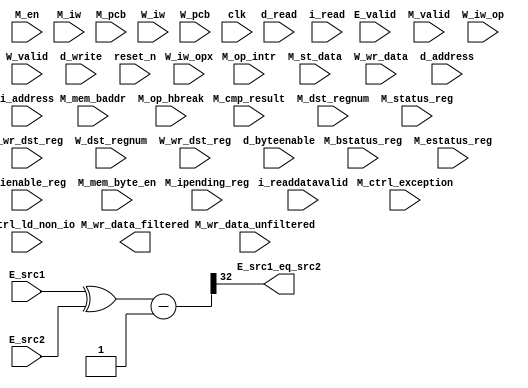
//Legal Notice: (C)2009 Altera Corporation. All rights reserved.  Your
//use of Altera Corporation's design tools, logic functions and other
//software and tools, and its AMPP partner logic functions, and any
//output files any of the foregoing (including device programming or
//simulation files), and any associated documentation or information are
//expressly subject to the terms and conditions of the Altera Program
//License Subscription Agreement or other applicable license agreement,
//including, without limitation, that your use is for the sole purpose
//of programming logic devices manufactured by Altera and sold by Altera
//or its authorized distributors.  Please refer to the applicable
//agreement for further details.


// turn off superfluous verilog processor warnings 
// altera message_level Level1 
// altera message_off 10034 10035 10036 10037 10230 10240 10030 

module cpu_test_bench (
                        // inputs:
                         E_src1,
                         E_src2,
                         E_valid,
                         M_bstatus_reg,
                         M_cmp_result,
                         M_ctrl_exception,
                         M_ctrl_ld_non_io,
                         M_dst_regnum,
                         M_en,
                         M_estatus_reg,
                         M_ienable_reg,
                         M_ipending_reg,
                         M_iw,
                         M_mem_baddr,
                         M_mem_byte_en,
                         M_op_hbreak,
                         M_op_intr,
                         M_pcb,
                         M_st_data,
                         M_status_reg,
                         M_valid,
                         M_wr_data_unfiltered,
                         M_wr_dst_reg,
                         W_dst_regnum,
                         W_iw,
                         W_iw_op,
                         W_iw_opx,
                         W_pcb,
                         W_valid,
                         W_wr_data,
                         W_wr_dst_reg,
                         clk,
                         d_address,
                         d_byteenable,
                         d_read,
                         d_write,
                         i_address,
                         i_read,
                         i_readdatavalid,
                         reset_n,

                        // outputs:
                         E_src1_eq_src2,
                         M_wr_data_filtered
                      )
;

  output           E_src1_eq_src2;
  output  [ 31: 0] M_wr_data_filtered;
  input   [ 31: 0] E_src1;
  input   [ 31: 0] E_src2;
  input            E_valid;
  input            M_bstatus_reg;
  input            M_cmp_result;
  input            M_ctrl_exception;
  input            M_ctrl_ld_non_io;
  input   [  4: 0] M_dst_regnum;
  input            M_en;
  input            M_estatus_reg;
  input   [ 31: 0] M_ienable_reg;
  input   [ 31: 0] M_ipending_reg;
  input   [ 31: 0] M_iw;
  input   [ 14: 0] M_mem_baddr;
  input   [  3: 0] M_mem_byte_en;
  input            M_op_hbreak;
  input            M_op_intr;
  input   [ 14: 0] M_pcb;
  input   [ 31: 0] M_st_data;
  input            M_status_reg;
  input            M_valid;
  input   [ 31: 0] M_wr_data_unfiltered;
  input            M_wr_dst_reg;
  input   [  4: 0] W_dst_regnum;
  input   [ 31: 0] W_iw;
  input   [  5: 0] W_iw_op;
  input   [  5: 0] W_iw_opx;
  input   [ 14: 0] W_pcb;
  input            W_valid;
  input   [ 31: 0] W_wr_data;
  input            W_wr_dst_reg;
  input            clk;
  input   [ 14: 0] d_address;
  input   [  3: 0] d_byteenable;
  input            d_read;
  input            d_write;
  input   [ 14: 0] i_address;
  input            i_read;
  input            i_readdatavalid;
  input            reset_n;

  wire             E_src1_eq_src2;
  wire    [ 32: 0] E_src1_src2_fast_cmp;
  reg     [ 14: 0] M_target_pcb;
  wire    [ 31: 0] M_wr_data_filtered;
  wire             M_wr_data_unfiltered_0_is_x;
  wire             M_wr_data_unfiltered_10_is_x;
  wire             M_wr_data_unfiltered_11_is_x;
  wire             M_wr_data_unfiltered_12_is_x;
  wire             M_wr_data_unfiltered_13_is_x;
  wire             M_wr_data_unfiltered_14_is_x;
  wire             M_wr_data_unfiltered_15_is_x;
  wire             M_wr_data_unfiltered_16_is_x;
  wire             M_wr_data_unfiltered_17_is_x;
  wire             M_wr_data_unfiltered_18_is_x;
  wire             M_wr_data_unfiltered_19_is_x;
  wire             M_wr_data_unfiltered_1_is_x;
  wire             M_wr_data_unfiltered_20_is_x;
  wire             M_wr_data_unfiltered_21_is_x;
  wire             M_wr_data_unfiltered_22_is_x;
  wire             M_wr_data_unfiltered_23_is_x;
  wire             M_wr_data_unfiltered_24_is_x;
  wire             M_wr_data_unfiltered_25_is_x;
  wire             M_wr_data_unfiltered_26_is_x;
  wire             M_wr_data_unfiltered_27_is_x;
  wire             M_wr_data_unfiltered_28_is_x;
  wire             M_wr_data_unfiltered_29_is_x;
  wire             M_wr_data_unfiltered_2_is_x;
  wire             M_wr_data_unfiltered_30_is_x;
  wire             M_wr_data_unfiltered_31_is_x;
  wire             M_wr_data_unfiltered_3_is_x;
  wire             M_wr_data_unfiltered_4_is_x;
  wire             M_wr_data_unfiltered_5_is_x;
  wire             M_wr_data_unfiltered_6_is_x;
  wire             M_wr_data_unfiltered_7_is_x;
  wire             M_wr_data_unfiltered_8_is_x;
  wire             M_wr_data_unfiltered_9_is_x;
  wire    [ 55: 0] W_inst;
  wire             W_op_add;
  wire             W_op_addi;
  wire             W_op_and;
  wire             W_op_andhi;
  wire             W_op_andi;
  wire             W_op_beq;
  wire             W_op_bge;
  wire             W_op_bgeu;
  wire             W_op_blt;
  wire             W_op_bltu;
  wire             W_op_bne;
  wire             W_op_br;
  wire             W_op_break;
  wire             W_op_bret;
  wire             W_op_call;
  wire             W_op_callr;
  wire             W_op_cmpeq;
  wire             W_op_cmpeqi;
  wire             W_op_cmpge;
  wire             W_op_cmpgei;
  wire             W_op_cmpgeu;
  wire             W_op_cmpgeui;
  wire             W_op_cmplt;
  wire             W_op_cmplti;
  wire             W_op_cmpltu;
  wire             W_op_cmpltui;
  wire             W_op_cmpne;
  wire             W_op_cmpnei;
  wire             W_op_crst;
  wire             W_op_custom;
  wire             W_op_div;
  wire             W_op_divu;
  wire             W_op_eret;
  wire             W_op_flushd;
  wire             W_op_flushda;
  wire             W_op_flushi;
  wire             W_op_flushp;
  wire             W_op_hbreak;
  wire             W_op_initd;
  wire             W_op_initda;
  wire             W_op_initi;
  wire             W_op_intr;
  wire             W_op_jmp;
  wire             W_op_jmpi;
  wire             W_op_ldb;
  wire             W_op_ldbio;
  wire             W_op_ldbu;
  wire             W_op_ldbuio;
  wire             W_op_ldh;
  wire             W_op_ldhio;
  wire             W_op_ldhu;
  wire             W_op_ldhuio;
  wire             W_op_ldl;
  wire             W_op_ldw;
  wire             W_op_ldwio;
  wire             W_op_mul;
  wire             W_op_muli;
  wire             W_op_mulxss;
  wire             W_op_mulxsu;
  wire             W_op_mulxuu;
  wire             W_op_nextpc;
  wire             W_op_nor;
  wire             W_op_opx;
  wire             W_op_or;
  wire             W_op_orhi;
  wire             W_op_ori;
  wire             W_op_rdctl;
  wire             W_op_ret;
  wire             W_op_rol;
  wire             W_op_roli;
  wire             W_op_ror;
  wire             W_op_rsv02;
  wire             W_op_rsv09;
  wire             W_op_rsv10;
  wire             W_op_rsv17;
  wire             W_op_rsv18;
  wire             W_op_rsv25;
  wire             W_op_rsv26;
  wire             W_op_rsv33;
  wire             W_op_rsv34;
  wire             W_op_rsv41;
  wire             W_op_rsv42;
  wire             W_op_rsv49;
  wire             W_op_rsv56;
  wire             W_op_rsv57;
  wire             W_op_rsv61;
  wire             W_op_rsv62;
  wire             W_op_rsv63;
  wire             W_op_rsvx00;
  wire             W_op_rsvx10;
  wire             W_op_rsvx15;
  wire             W_op_rsvx17;
  wire             W_op_rsvx20;
  wire             W_op_rsvx21;
  wire             W_op_rsvx25;
  wire             W_op_rsvx33;
  wire             W_op_rsvx34;
  wire             W_op_rsvx35;
  wire             W_op_rsvx42;
  wire             W_op_rsvx43;
  wire             W_op_rsvx44;
  wire             W_op_rsvx47;
  wire             W_op_rsvx50;
  wire             W_op_rsvx51;
  wire             W_op_rsvx55;
  wire             W_op_rsvx56;
  wire             W_op_rsvx60;
  wire             W_op_rsvx63;
  wire             W_op_sll;
  wire             W_op_slli;
  wire             W_op_sra;
  wire             W_op_srai;
  wire             W_op_srl;
  wire             W_op_srli;
  wire             W_op_stb;
  wire             W_op_stbio;
  wire             W_op_stc;
  wire             W_op_sth;
  wire             W_op_sthio;
  wire             W_op_stw;
  wire             W_op_stwio;
  wire             W_op_sub;
  wire             W_op_sync;
  wire             W_op_trap;
  wire             W_op_wrctl;
  wire             W_op_xor;
  wire             W_op_xorhi;
  wire             W_op_xori;
  wire    [ 55: 0] W_vinst;
  always @(posedge clk or negedge reset_n)
    begin
      if (reset_n == 0)
          M_target_pcb <= 0;
      else if (M_en)
          M_target_pcb <= E_src1[14 : 0];
    end


  assign E_src1_src2_fast_cmp = {1'b0, E_src1 ^ E_src2} - 33'b1;
  assign E_src1_eq_src2 = E_src1_src2_fast_cmp[32];
  assign W_op_rsv02 = W_iw_op[5 : 0] == 2;
  assign W_op_cmplti = W_iw_op[5 : 0] == 16;
  assign W_op_rsv18 = W_iw_op[5 : 0] == 18;
  assign W_op_rsv26 = W_iw_op[5 : 0] == 26;
  assign W_op_rsv42 = W_iw_op[5 : 0] == 42;
  assign W_op_ldbio = W_iw_op[5 : 0] == 39;
  assign W_op_ldbu = W_iw_op[5 : 0] == 3;
  assign W_op_orhi = W_iw_op[5 : 0] == 52;
  assign W_op_bge = W_iw_op[5 : 0] == 14;
  assign W_op_stc = W_iw_op[5 : 0] == 29;
  assign W_op_br = W_iw_op[5 : 0] == 6;
  assign W_op_ldhio = W_iw_op[5 : 0] == 47;
  assign W_op_rsv41 = W_iw_op[5 : 0] == 41;
  assign W_op_ldwio = W_iw_op[5 : 0] == 55;
  assign W_op_rsv61 = W_iw_op[5 : 0] == 61;
  assign W_op_opx = W_iw_op[5 : 0] == 58;
  assign W_op_stb = W_iw_op[5 : 0] == 5;
  assign W_op_rsv62 = W_iw_op[5 : 0] == 62;
  assign W_op_bltu = W_iw_op[5 : 0] == 54;
  assign W_op_custom = W_iw_op[5 : 0] == 50;
  assign W_op_muli = W_iw_op[5 : 0] == 36;
  assign W_op_xori = W_iw_op[5 : 0] == 28;
  assign W_op_cmpgei = W_iw_op[5 : 0] == 8;
  assign W_op_ldw = W_iw_op[5 : 0] == 23;
  assign W_op_cmpeqi = W_iw_op[5 : 0] == 32;
  assign W_op_ldh = W_iw_op[5 : 0] == 15;
  assign W_op_stw = W_iw_op[5 : 0] == 21;
  assign W_op_rsv09 = W_iw_op[5 : 0] == 9;
  assign W_op_cmpnei = W_iw_op[5 : 0] == 24;
  assign W_op_ldb = W_iw_op[5 : 0] == 7;
  assign W_op_bgeu = W_iw_op[5 : 0] == 46;
  assign W_op_stwio = W_iw_op[5 : 0] == 53;
  assign W_op_rsv33 = W_iw_op[5 : 0] == 33;
  assign W_op_ldl = W_iw_op[5 : 0] == 31;
  assign W_op_andhi = W_iw_op[5 : 0] == 44;
  assign W_op_ldbuio = W_iw_op[5 : 0] == 35;
  assign W_op_rsv34 = W_iw_op[5 : 0] == 34;
  assign W_op_sthio = W_iw_op[5 : 0] == 45;
  assign W_op_cmpgeui = W_iw_op[5 : 0] == 40;
  assign W_op_stbio = W_iw_op[5 : 0] == 37;
  assign W_op_andi = W_iw_op[5 : 0] == 12;
  assign W_op_addi = W_iw_op[5 : 0] == 4;
  assign W_op_flushda = W_iw_op[5 : 0] == 27;
  assign W_op_rsv49 = W_iw_op[5 : 0] == 49;
  assign W_op_jmpi = W_iw_op[5 : 0] == 1;
  assign W_op_initda = W_iw_op[5 : 0] == 19;
  assign W_op_blt = W_iw_op[5 : 0] == 22;
  assign W_op_beq = W_iw_op[5 : 0] == 38;
  assign W_op_ori = W_iw_op[5 : 0] == 20;
  assign W_op_cmpltui = W_iw_op[5 : 0] == 48;
  assign W_op_xorhi = W_iw_op[5 : 0] == 60;
  assign W_op_rsv56 = W_iw_op[5 : 0] == 56;
  assign W_op_ldhuio = W_iw_op[5 : 0] == 43;
  assign W_op_rsv63 = W_iw_op[5 : 0] == 63;
  assign W_op_bne = W_iw_op[5 : 0] == 30;
  assign W_op_rsv57 = W_iw_op[5 : 0] == 57;
  assign W_op_call = W_iw_op[5 : 0] == 0;
  assign W_op_ldhu = W_iw_op[5 : 0] == 11;
  assign W_op_flushd = W_iw_op[5 : 0] == 59;
  assign W_op_initd = W_iw_op[5 : 0] == 51;
  assign W_op_rsv10 = W_iw_op[5 : 0] == 10;
  assign W_op_rsv17 = W_iw_op[5 : 0] == 17;
  assign W_op_sth = W_iw_op[5 : 0] == 13;
  assign W_op_rsv25 = W_iw_op[5 : 0] == 25;
  assign W_op_flushi = W_op_opx & (W_iw_opx[5 : 0] == 12);
  assign W_op_mulxuu = W_op_opx & (W_iw_opx[5 : 0] == 7);
  assign W_op_rsvx33 = W_op_opx & (W_iw_opx[5 : 0] == 33);
  assign W_op_wrctl = W_op_opx & (W_iw_opx[5 : 0] == 46);
  assign W_op_roli = W_op_opx & (W_iw_opx[5 : 0] == 2);
  assign W_op_intr = W_op_opx & (W_iw_opx[5 : 0] == 61);
  assign W_op_rsvx43 = W_op_opx & (W_iw_opx[5 : 0] == 43);
  assign W_op_srl = W_op_opx & (W_iw_opx[5 : 0] == 27);
  assign W_op_trap = W_op_opx & (W_iw_opx[5 : 0] == 45);
  assign W_op_rsvx17 = W_op_opx & (W_iw_opx[5 : 0] == 17);
  assign W_op_break = W_op_opx & (W_iw_opx[5 : 0] == 52);
  assign W_op_rdctl = W_op_opx & (W_iw_opx[5 : 0] == 38);
  assign W_op_cmpltu = W_op_opx & (W_iw_opx[5 : 0] == 48);
  assign W_op_callr = W_op_opx & (W_iw_opx[5 : 0] == 29);
  assign W_op_cmpge = W_op_opx & (W_iw_opx[5 : 0] == 8);
  assign W_op_rsvx47 = W_op_opx & (W_iw_opx[5 : 0] == 47);
  assign W_op_and = W_op_opx & (W_iw_opx[5 : 0] == 14);
  assign W_op_rsvx00 = W_op_opx & (W_iw_opx[5 : 0] == 0);
  assign W_op_rsvx56 = W_op_opx & (W_iw_opx[5 : 0] == 56);
  assign W_op_hbreak = W_op_opx & (W_iw_opx[5 : 0] == 53);
  assign W_op_flushp = W_op_opx & (W_iw_opx[5 : 0] == 4);
  assign W_op_nor = W_op_opx & (W_iw_opx[5 : 0] == 6);
  assign W_op_rsvx50 = W_op_opx & (W_iw_opx[5 : 0] == 50);
  assign W_op_initi = W_op_opx & (W_iw_opx[5 : 0] == 41);
  assign W_op_srai = W_op_opx & (W_iw_opx[5 : 0] == 58);
  assign W_op_sync = W_op_opx & (W_iw_opx[5 : 0] == 54);
  assign W_op_rsvx15 = W_op_opx & (W_iw_opx[5 : 0] == 15);
  assign W_op_rsvx55 = W_op_opx & (W_iw_opx[5 : 0] == 55);
  assign W_op_crst = W_op_opx & (W_iw_opx[5 : 0] == 62);
  assign W_op_rsvx42 = W_op_opx & (W_iw_opx[5 : 0] == 42);
  assign W_op_xor = W_op_opx & (W_iw_opx[5 : 0] == 30);
  assign W_op_rsvx34 = W_op_opx & (W_iw_opx[5 : 0] == 34);
  assign W_op_mulxss = W_op_opx & (W_iw_opx[5 : 0] == 31);
  assign W_op_rsvx51 = W_op_opx & (W_iw_opx[5 : 0] == 51);
  assign W_op_rsvx10 = W_op_opx & (W_iw_opx[5 : 0] == 10);
  assign W_op_eret = W_op_opx & (W_iw_opx[5 : 0] == 1);
  assign W_op_rsvx25 = W_op_opx & (W_iw_opx[5 : 0] == 25);
  assign W_op_jmp = W_op_opx & (W_iw_opx[5 : 0] == 13);
  assign W_op_or = W_op_opx & (W_iw_opx[5 : 0] == 22);
  assign W_op_rsvx35 = W_op_opx & (W_iw_opx[5 : 0] == 35);
  assign W_op_sra = W_op_opx & (W_iw_opx[5 : 0] == 59);
  assign W_op_rsvx20 = W_op_opx & (W_iw_opx[5 : 0] == 20);
  assign W_op_slli = W_op_opx & (W_iw_opx[5 : 0] == 18);
  assign W_op_mulxsu = W_op_opx & (W_iw_opx[5 : 0] == 23);
  assign W_op_rsvx21 = W_op_opx & (W_iw_opx[5 : 0] == 21);
  assign W_op_ror = W_op_opx & (W_iw_opx[5 : 0] == 11);
  assign W_op_srli = W_op_opx & (W_iw_opx[5 : 0] == 26);
  assign W_op_sll = W_op_opx & (W_iw_opx[5 : 0] == 19);
  assign W_op_div = W_op_opx & (W_iw_opx[5 : 0] == 37);
  assign W_op_cmplt = W_op_opx & (W_iw_opx[5 : 0] == 16);
  assign W_op_add = W_op_opx & (W_iw_opx[5 : 0] == 49);
  assign W_op_rsvx44 = W_op_opx & (W_iw_opx[5 : 0] == 44);
  assign W_op_bret = W_op_opx & (W_iw_opx[5 : 0] == 9);
  assign W_op_rsvx60 = W_op_opx & (W_iw_opx[5 : 0] == 60);
  assign W_op_rsvx63 = W_op_opx & (W_iw_opx[5 : 0] == 63);
  assign W_op_mul = W_op_opx & (W_iw_opx[5 : 0] == 39);
  assign W_op_cmpgeu = W_op_opx & (W_iw_opx[5 : 0] == 40);
  assign W_op_cmpne = W_op_opx & (W_iw_opx[5 : 0] == 24);
  assign W_op_cmpeq = W_op_opx & (W_iw_opx[5 : 0] == 32);
  assign W_op_ret = W_op_opx & (W_iw_opx[5 : 0] == 5);
  assign W_op_rol = W_op_opx & (W_iw_opx[5 : 0] == 3);
  assign W_op_sub = W_op_opx & (W_iw_opx[5 : 0] == 57);
  assign W_op_nextpc = W_op_opx & (W_iw_opx[5 : 0] == 28);
  assign W_op_divu = W_op_opx & (W_iw_opx[5 : 0] == 36);

//synthesis translate_off
//////////////// SIMULATION-ONLY CONTENTS
  //Clearing 'X' data bits
  assign M_wr_data_unfiltered_0_is_x = ^(M_wr_data_unfiltered[0]) === 1'bx;

  assign M_wr_data_filtered[0] = (M_wr_data_unfiltered_0_is_x & (M_ctrl_ld_non_io)) ? 1'b0 : M_wr_data_unfiltered[0];
  assign M_wr_data_unfiltered_1_is_x = ^(M_wr_data_unfiltered[1]) === 1'bx;
  assign M_wr_data_filtered[1] = (M_wr_data_unfiltered_1_is_x & (M_ctrl_ld_non_io)) ? 1'b0 : M_wr_data_unfiltered[1];
  assign M_wr_data_unfiltered_2_is_x = ^(M_wr_data_unfiltered[2]) === 1'bx;
  assign M_wr_data_filtered[2] = (M_wr_data_unfiltered_2_is_x & (M_ctrl_ld_non_io)) ? 1'b0 : M_wr_data_unfiltered[2];
  assign M_wr_data_unfiltered_3_is_x = ^(M_wr_data_unfiltered[3]) === 1'bx;
  assign M_wr_data_filtered[3] = (M_wr_data_unfiltered_3_is_x & (M_ctrl_ld_non_io)) ? 1'b0 : M_wr_data_unfiltered[3];
  assign M_wr_data_unfiltered_4_is_x = ^(M_wr_data_unfiltered[4]) === 1'bx;
  assign M_wr_data_filtered[4] = (M_wr_data_unfiltered_4_is_x & (M_ctrl_ld_non_io)) ? 1'b0 : M_wr_data_unfiltered[4];
  assign M_wr_data_unfiltered_5_is_x = ^(M_wr_data_unfiltered[5]) === 1'bx;
  assign M_wr_data_filtered[5] = (M_wr_data_unfiltered_5_is_x & (M_ctrl_ld_non_io)) ? 1'b0 : M_wr_data_unfiltered[5];
  assign M_wr_data_unfiltered_6_is_x = ^(M_wr_data_unfiltered[6]) === 1'bx;
  assign M_wr_data_filtered[6] = (M_wr_data_unfiltered_6_is_x & (M_ctrl_ld_non_io)) ? 1'b0 : M_wr_data_unfiltered[6];
  assign M_wr_data_unfiltered_7_is_x = ^(M_wr_data_unfiltered[7]) === 1'bx;
  assign M_wr_data_filtered[7] = (M_wr_data_unfiltered_7_is_x & (M_ctrl_ld_non_io)) ? 1'b0 : M_wr_data_unfiltered[7];
  assign M_wr_data_unfiltered_8_is_x = ^(M_wr_data_unfiltered[8]) === 1'bx;
  assign M_wr_data_filtered[8] = (M_wr_data_unfiltered_8_is_x & (M_ctrl_ld_non_io)) ? 1'b0 : M_wr_data_unfiltered[8];
  assign M_wr_data_unfiltered_9_is_x = ^(M_wr_data_unfiltered[9]) === 1'bx;
  assign M_wr_data_filtered[9] = (M_wr_data_unfiltered_9_is_x & (M_ctrl_ld_non_io)) ? 1'b0 : M_wr_data_unfiltered[9];
  assign M_wr_data_unfiltered_10_is_x = ^(M_wr_data_unfiltered[10]) === 1'bx;
  assign M_wr_data_filtered[10] = (M_wr_data_unfiltered_10_is_x & (M_ctrl_ld_non_io)) ? 1'b0 : M_wr_data_unfiltered[10];
  assign M_wr_data_unfiltered_11_is_x = ^(M_wr_data_unfiltered[11]) === 1'bx;
  assign M_wr_data_filtered[11] = (M_wr_data_unfiltered_11_is_x & (M_ctrl_ld_non_io)) ? 1'b0 : M_wr_data_unfiltered[11];
  assign M_wr_data_unfiltered_12_is_x = ^(M_wr_data_unfiltered[12]) === 1'bx;
  assign M_wr_data_filtered[12] = (M_wr_data_unfiltered_12_is_x & (M_ctrl_ld_non_io)) ? 1'b0 : M_wr_data_unfiltered[12];
  assign M_wr_data_unfiltered_13_is_x = ^(M_wr_data_unfiltered[13]) === 1'bx;
  assign M_wr_data_filtered[13] = (M_wr_data_unfiltered_13_is_x & (M_ctrl_ld_non_io)) ? 1'b0 : M_wr_data_unfiltered[13];
  assign M_wr_data_unfiltered_14_is_x = ^(M_wr_data_unfiltered[14]) === 1'bx;
  assign M_wr_data_filtered[14] = (M_wr_data_unfiltered_14_is_x & (M_ctrl_ld_non_io)) ? 1'b0 : M_wr_data_unfiltered[14];
  assign M_wr_data_unfiltered_15_is_x = ^(M_wr_data_unfiltered[15]) === 1'bx;
  assign M_wr_data_filtered[15] = (M_wr_data_unfiltered_15_is_x & (M_ctrl_ld_non_io)) ? 1'b0 : M_wr_data_unfiltered[15];
  assign M_wr_data_unfiltered_16_is_x = ^(M_wr_data_unfiltered[16]) === 1'bx;
  assign M_wr_data_filtered[16] = (M_wr_data_unfiltered_16_is_x & (M_ctrl_ld_non_io)) ? 1'b0 : M_wr_data_unfiltered[16];
  assign M_wr_data_unfiltered_17_is_x = ^(M_wr_data_unfiltered[17]) === 1'bx;
  assign M_wr_data_filtered[17] = (M_wr_data_unfiltered_17_is_x & (M_ctrl_ld_non_io)) ? 1'b0 : M_wr_data_unfiltered[17];
  assign M_wr_data_unfiltered_18_is_x = ^(M_wr_data_unfiltered[18]) === 1'bx;
  assign M_wr_data_filtered[18] = (M_wr_data_unfiltered_18_is_x & (M_ctrl_ld_non_io)) ? 1'b0 : M_wr_data_unfiltered[18];
  assign M_wr_data_unfiltered_19_is_x = ^(M_wr_data_unfiltered[19]) === 1'bx;
  assign M_wr_data_filtered[19] = (M_wr_data_unfiltered_19_is_x & (M_ctrl_ld_non_io)) ? 1'b0 : M_wr_data_unfiltered[19];
  assign M_wr_data_unfiltered_20_is_x = ^(M_wr_data_unfiltered[20]) === 1'bx;
  assign M_wr_data_filtered[20] = (M_wr_data_unfiltered_20_is_x & (M_ctrl_ld_non_io)) ? 1'b0 : M_wr_data_unfiltered[20];
  assign M_wr_data_unfiltered_21_is_x = ^(M_wr_data_unfiltered[21]) === 1'bx;
  assign M_wr_data_filtered[21] = (M_wr_data_unfiltered_21_is_x & (M_ctrl_ld_non_io)) ? 1'b0 : M_wr_data_unfiltered[21];
  assign M_wr_data_unfiltered_22_is_x = ^(M_wr_data_unfiltered[22]) === 1'bx;
  assign M_wr_data_filtered[22] = (M_wr_data_unfiltered_22_is_x & (M_ctrl_ld_non_io)) ? 1'b0 : M_wr_data_unfiltered[22];
  assign M_wr_data_unfiltered_23_is_x = ^(M_wr_data_unfiltered[23]) === 1'bx;
  assign M_wr_data_filtered[23] = (M_wr_data_unfiltered_23_is_x & (M_ctrl_ld_non_io)) ? 1'b0 : M_wr_data_unfiltered[23];
  assign M_wr_data_unfiltered_24_is_x = ^(M_wr_data_unfiltered[24]) === 1'bx;
  assign M_wr_data_filtered[24] = (M_wr_data_unfiltered_24_is_x & (M_ctrl_ld_non_io)) ? 1'b0 : M_wr_data_unfiltered[24];
  assign M_wr_data_unfiltered_25_is_x = ^(M_wr_data_unfiltered[25]) === 1'bx;
  assign M_wr_data_filtered[25] = (M_wr_data_unfiltered_25_is_x & (M_ctrl_ld_non_io)) ? 1'b0 : M_wr_data_unfiltered[25];
  assign M_wr_data_unfiltered_26_is_x = ^(M_wr_data_unfiltered[26]) === 1'bx;
  assign M_wr_data_filtered[26] = (M_wr_data_unfiltered_26_is_x & (M_ctrl_ld_non_io)) ? 1'b0 : M_wr_data_unfiltered[26];
  assign M_wr_data_unfiltered_27_is_x = ^(M_wr_data_unfiltered[27]) === 1'bx;
  assign M_wr_data_filtered[27] = (M_wr_data_unfiltered_27_is_x & (M_ctrl_ld_non_io)) ? 1'b0 : M_wr_data_unfiltered[27];
  assign M_wr_data_unfiltered_28_is_x = ^(M_wr_data_unfiltered[28]) === 1'bx;
  assign M_wr_data_filtered[28] = (M_wr_data_unfiltered_28_is_x & (M_ctrl_ld_non_io)) ? 1'b0 : M_wr_data_unfiltered[28];
  assign M_wr_data_unfiltered_29_is_x = ^(M_wr_data_unfiltered[29]) === 1'bx;
  assign M_wr_data_filtered[29] = (M_wr_data_unfiltered_29_is_x & (M_ctrl_ld_non_io)) ? 1'b0 : M_wr_data_unfiltered[29];
  assign M_wr_data_unfiltered_30_is_x = ^(M_wr_data_unfiltered[30]) === 1'bx;
  assign M_wr_data_filtered[30] = (M_wr_data_unfiltered_30_is_x & (M_ctrl_ld_non_io)) ? 1'b0 : M_wr_data_unfiltered[30];
  assign M_wr_data_unfiltered_31_is_x = ^(M_wr_data_unfiltered[31]) === 1'bx;
  assign M_wr_data_filtered[31] = (M_wr_data_unfiltered_31_is_x & (M_ctrl_ld_non_io)) ? 1'b0 : M_wr_data_unfiltered[31];
  always @(posedge clk)
    begin
      if (reset_n)
          if (^(W_wr_dst_reg) === 1'bx)
            begin
              $write("%0d ns: ERROR: cpu_test_bench/W_wr_dst_reg is 'x'\n", $time);
              $stop;
            end
    end


  always @(posedge clk or negedge reset_n)
    begin
      if (reset_n == 0)
        begin
        end
      else if (W_wr_dst_reg)
          if (^(W_dst_regnum) === 1'bx)
            begin
              $write("%0d ns: ERROR: cpu_test_bench/W_dst_regnum is 'x'\n", $time);
              $stop;
            end
    end


  always @(posedge clk or negedge reset_n)
    begin
      if (reset_n == 0)
        begin
        end
      else if (W_wr_dst_reg)
          if (^(W_wr_data) === 1'bx)
            begin
              $write("%0d ns: ERROR: cpu_test_bench/W_wr_data is 'x'\n", $time);
              $stop;
            end
    end


  always @(posedge clk)
    begin
      if (reset_n)
          if (^(W_valid) === 1'bx)
            begin
              $write("%0d ns: ERROR: cpu_test_bench/W_valid is 'x'\n", $time);
              $stop;
            end
    end


  always @(posedge clk or negedge reset_n)
    begin
      if (reset_n == 0)
        begin
        end
      else if (W_valid)
          if (^(W_pcb) === 1'bx)
            begin
              $write("%0d ns: ERROR: cpu_test_bench/W_pcb is 'x'\n", $time);
              $stop;
            end
    end


  always @(posedge clk or negedge reset_n)
    begin
      if (reset_n == 0)
        begin
        end
      else if (W_valid)
          if (^(W_iw) === 1'bx)
            begin
              $write("%0d ns: ERROR: cpu_test_bench/W_iw is 'x'\n", $time);
              $stop;
            end
    end


  always @(posedge clk)
    begin
      if (reset_n)
          if (^(M_en) === 1'bx)
            begin
              $write("%0d ns: ERROR: cpu_test_bench/M_en is 'x'\n", $time);
              $stop;
            end
    end


  always @(posedge clk)
    begin
      if (reset_n)
          if (^(E_valid) === 1'bx)
            begin
              $write("%0d ns: ERROR: cpu_test_bench/E_valid is 'x'\n", $time);
              $stop;
            end
    end


  always @(posedge clk)
    begin
      if (reset_n)
          if (^(M_valid) === 1'bx)
            begin
              $write("%0d ns: ERROR: cpu_test_bench/M_valid is 'x'\n", $time);
              $stop;
            end
    end


  always @(posedge clk or negedge reset_n)
    begin
      if (reset_n == 0)
        begin
        end
      else if (M_valid & M_en & M_wr_dst_reg)
          if (^(M_wr_data_unfiltered) === 1'bx)
            begin
              $write("%0d ns: WARNING: cpu_test_bench/M_wr_data_unfiltered is 'x'\n", $time);
            end
    end


  always @(posedge clk)
    begin
      if (reset_n)
          if (^(i_read) === 1'bx)
            begin
              $write("%0d ns: ERROR: cpu_test_bench/i_read is 'x'\n", $time);
              $stop;
            end
    end


  always @(posedge clk or negedge reset_n)
    begin
      if (reset_n == 0)
        begin
        end
      else if (i_read)
          if (^(i_address) === 1'bx)
            begin
              $write("%0d ns: ERROR: cpu_test_bench/i_address is 'x'\n", $time);
              $stop;
            end
    end


  always @(posedge clk)
    begin
      if (reset_n)
          if (^(i_readdatavalid) === 1'bx)
            begin
              $write("%0d ns: ERROR: cpu_test_bench/i_readdatavalid is 'x'\n", $time);
              $stop;
            end
    end


  always @(posedge clk)
    begin
      if (reset_n)
          if (^(d_write) === 1'bx)
            begin
              $write("%0d ns: ERROR: cpu_test_bench/d_write is 'x'\n", $time);
              $stop;
            end
    end


  always @(posedge clk or negedge reset_n)
    begin
      if (reset_n == 0)
        begin
        end
      else if (d_write)
          if (^(d_byteenable) === 1'bx)
            begin
              $write("%0d ns: ERROR: cpu_test_bench/d_byteenable is 'x'\n", $time);
              $stop;
            end
    end


  always @(posedge clk or negedge reset_n)
    begin
      if (reset_n == 0)
        begin
        end
      else if (d_write | d_read)
          if (^(d_address) === 1'bx)
            begin
              $write("%0d ns: ERROR: cpu_test_bench/d_address is 'x'\n", $time);
              $stop;
            end
    end


  always @(posedge clk)
    begin
      if (reset_n)
          if (^(d_read) === 1'bx)
            begin
              $write("%0d ns: ERROR: cpu_test_bench/d_read is 'x'\n", $time);
              $stop;
            end
    end


  
  reg [31:0] trace_handle; // for $fopen
  initial  
  begin
    trace_handle = $fopen("cpu.tr");
    $fwrite(trace_handle, "version 2\nnumThreads 1\n");
  end
  always @(posedge clk)
    begin
      if (~reset_n || (M_valid & M_en))
          $fwrite(trace_handle, "%0d ns: %0h,%0h,%0h,%0h,%0h,%0h,%0h,%0h,%0h,%0h,%0h,%0h,%0h,%0h,%0h,%0h,%0h,%0h,%0h,%0h,%0h,%0h,%0h,%0h,%0h,%0h,%0h,%0h,%0h,%0h\n", $time, ~reset_n, M_pcb, 0, M_op_intr, M_op_hbreak, M_iw, M_wr_dst_reg, M_dst_regnum, M_wr_data_filtered, M_mem_baddr, M_st_data, M_mem_byte_en, M_cmp_result, M_target_pcb, M_status_reg, M_estatus_reg, M_bstatus_reg, M_ienable_reg, M_ipending_reg, 0, 0, 0, 0, 0, 0, 0, 0, 0, 0, M_ctrl_exception);
    end


  assign W_inst = ((((W_iw_op[5 : 0] == 2))))? 56'h20207273763032 :
    ((((W_iw_op[5 : 0] == 16))))? 56'h20636d706c7469 :
    ((((W_iw_op[5 : 0] == 18))))? 56'h20207273763138 :
    ((((W_iw_op[5 : 0] == 26))))? 56'h20207273763236 :
    ((((W_iw_op[5 : 0] == 42))))? 56'h20207273763432 :
    ((((W_iw_op[5 : 0] == 39))))? 56'h20206c6462696f :
    ((((W_iw_op[5 : 0] == 3))))? 56'h2020206c646275 :
    ((((W_iw_op[5 : 0] == 52))))? 56'h2020206f726869 :
    ((((W_iw_op[5 : 0] == 14))))? 56'h20202020626765 :
    ((((W_iw_op[5 : 0] == 29))))? 56'h20202020737463 :
    ((((W_iw_op[5 : 0] == 6))))? 56'h20202020206272 :
    ((((W_iw_op[5 : 0] == 47))))? 56'h20206c6468696f :
    ((((W_iw_op[5 : 0] == 41))))? 56'h20207273763431 :
    ((((W_iw_op[5 : 0] == 55))))? 56'h20206c6477696f :
    ((((W_iw_op[5 : 0] == 61))))? 56'h20207273763631 :
    ((((W_iw_op[5 : 0] == 5))))? 56'h20202020737462 :
    ((((W_iw_op[5 : 0] == 62))))? 56'h20207273763632 :
    ((((W_iw_op[5 : 0] == 54))))? 56'h202020626c7475 :
    ((((W_iw_op[5 : 0] == 50))))? 56'h20637573746f6d :
    ((((W_iw_op[5 : 0] == 36))))? 56'h2020206d756c69 :
    ((((W_iw_op[5 : 0] == 28))))? 56'h202020786f7269 :
    ((((W_iw_op[5 : 0] == 8))))? 56'h20636d70676569 :
    ((((W_iw_op[5 : 0] == 23))))? 56'h202020206c6477 :
    ((((W_iw_op[5 : 0] == 32))))? 56'h20636d70657169 :
    ((((W_iw_op[5 : 0] == 15))))? 56'h202020206c6468 :
    ((((W_iw_op[5 : 0] == 21))))? 56'h20202020737477 :
    ((((W_iw_op[5 : 0] == 9))))? 56'h20207273763039 :
    ((((W_iw_op[5 : 0] == 24))))? 56'h20636d706e6569 :
    ((((W_iw_op[5 : 0] == 7))))? 56'h202020206c6462 :
    ((((W_iw_op[5 : 0] == 46))))? 56'h20202062676575 :
    ((((W_iw_op[5 : 0] == 53))))? 56'h2020737477696f :
    ((((W_iw_op[5 : 0] == 33))))? 56'h20207273763333 :
    ((((W_iw_op[5 : 0] == 31))))? 56'h202020206c646c :
    ((((W_iw_op[5 : 0] == 44))))? 56'h2020616e646869 :
    ((((W_iw_op[5 : 0] == 35))))? 56'h206c646275696f :
    ((((W_iw_op[5 : 0] == 34))))? 56'h20207273763334 :
    ((((W_iw_op[5 : 0] == 45))))? 56'h2020737468696f :
    ((((W_iw_op[5 : 0] == 40))))? 56'h636d7067657569 :
    ((((W_iw_op[5 : 0] == 37))))? 56'h2020737462696f :
    ((((W_iw_op[5 : 0] == 12))))? 56'h202020616e6469 :
    ((((W_iw_op[5 : 0] == 4))))? 56'h20202061646469 :
    ((((W_iw_op[5 : 0] == 27))))? 56'h666c7573686461 :
    ((((W_iw_op[5 : 0] == 49))))? 56'h20207273763439 :
    ((((W_iw_op[5 : 0] == 1))))? 56'h2020206a6d7069 :
    ((((W_iw_op[5 : 0] == 19))))? 56'h20696e69746461 :
    ((((W_iw_op[5 : 0] == 22))))? 56'h20202020626c74 :
    ((((W_iw_op[5 : 0] == 38))))? 56'h20202020626571 :
    ((((W_iw_op[5 : 0] == 20))))? 56'h202020206f7269 :
    ((((W_iw_op[5 : 0] == 48))))? 56'h636d706c747569 :
    ((((W_iw_op[5 : 0] == 60))))? 56'h2020786f726869 :
    ((((W_iw_op[5 : 0] == 56))))? 56'h20207273763536 :
    ((((W_iw_op[5 : 0] == 43))))? 56'h206c646875696f :
    ((((W_iw_op[5 : 0] == 63))))? 56'h20207273763633 :
    ((((W_iw_op[5 : 0] == 30))))? 56'h20202020626e65 :
    ((((W_iw_op[5 : 0] == 57))))? 56'h20207273763537 :
    ((((W_iw_op[5 : 0] == 0))))? 56'h20202063616c6c :
    ((((W_iw_op[5 : 0] == 11))))? 56'h2020206c646875 :
    ((((W_iw_op[5 : 0] == 59))))? 56'h20666c75736864 :
    ((((W_iw_op[5 : 0] == 51))))? 56'h2020696e697464 :
    ((((W_iw_op[5 : 0] == 10))))? 56'h20207273763130 :
    ((((W_iw_op[5 : 0] == 17))))? 56'h20207273763137 :
    ((((W_iw_op[5 : 0] == 13))))? 56'h20202020737468 :
    ((((W_iw_op[5 : 0] == 25))))? 56'h20207273763235 :
    (((W_op_opx & (W_iw_opx[5 : 0] == 12))))? 56'h20666c75736869 :
    (((W_op_opx & (W_iw_opx[5 : 0] == 7))))? 56'h206d756c787575 :
    (((W_op_opx & (W_iw_opx[5 : 0] == 33))))? 56'h20727376783333 :
    (((W_op_opx & (W_iw_opx[5 : 0] == 46))))? 56'h2020777263746c :
    (((W_op_opx & (W_iw_opx[5 : 0] == 2))))? 56'h202020726f6c69 :
    (((W_op_opx & (W_iw_opx[5 : 0] == 61))))? 56'h202020696e7472 :
    (((W_op_opx & (W_iw_opx[5 : 0] == 43))))? 56'h20727376783433 :
    (((W_op_opx & (W_iw_opx[5 : 0] == 27))))? 56'h2020202073726c :
    (((W_op_opx & (W_iw_opx[5 : 0] == 45))))? 56'h20202074726170 :
    (((W_op_opx & (W_iw_opx[5 : 0] == 17))))? 56'h20727376783137 :
    (((W_op_opx & (W_iw_opx[5 : 0] == 52))))? 56'h2020627265616b :
    (((W_op_opx & (W_iw_opx[5 : 0] == 38))))? 56'h2020726463746c :
    (((W_op_opx & (W_iw_opx[5 : 0] == 48))))? 56'h20636d706c7475 :
    (((W_op_opx & (W_iw_opx[5 : 0] == 29))))? 56'h202063616c6c72 :
    (((W_op_opx & (W_iw_opx[5 : 0] == 8))))? 56'h2020636d706765 :
    (((W_op_opx & (W_iw_opx[5 : 0] == 47))))? 56'h20727376783437 :
    (((W_op_opx & (W_iw_opx[5 : 0] == 14))))? 56'h20202020616e64 :
    (((W_op_opx & (W_iw_opx[5 : 0] == 0))))? 56'h20727376783030 :
    (((W_op_opx & (W_iw_opx[5 : 0] == 56))))? 56'h20727376783536 :
    (((W_op_opx & (W_iw_opx[5 : 0] == 53))))? 56'h2068627265616b :
    (((W_op_opx & (W_iw_opx[5 : 0] == 4))))? 56'h20666c75736870 :
    (((W_op_opx & (W_iw_opx[5 : 0] == 6))))? 56'h202020206e6f72 :
    (((W_op_opx & (W_iw_opx[5 : 0] == 50))))? 56'h20727376783530 :
    (((W_op_opx & (W_iw_opx[5 : 0] == 41))))? 56'h2020696e697469 :
    (((W_op_opx & (W_iw_opx[5 : 0] == 58))))? 56'h20202073726169 :
    (((W_op_opx & (W_iw_opx[5 : 0] == 54))))? 56'h20202073796e63 :
    (((W_op_opx & (W_iw_opx[5 : 0] == 15))))? 56'h20727376783135 :
    (((W_op_opx & (W_iw_opx[5 : 0] == 55))))? 56'h20727376783535 :
    (((W_op_opx & (W_iw_opx[5 : 0] == 62))))? 56'h20202063727374 :
    (((W_op_opx & (W_iw_opx[5 : 0] == 42))))? 56'h20727376783432 :
    (((W_op_opx & (W_iw_opx[5 : 0] == 30))))? 56'h20202020786f72 :
    (((W_op_opx & (W_iw_opx[5 : 0] == 34))))? 56'h20727376783334 :
    (((W_op_opx & (W_iw_opx[5 : 0] == 31))))? 56'h206d756c787373 :
    (((W_op_opx & (W_iw_opx[5 : 0] == 51))))? 56'h20727376783531 :
    (((W_op_opx & (W_iw_opx[5 : 0] == 10))))? 56'h20727376783130 :
    (((W_op_opx & (W_iw_opx[5 : 0] == 1))))? 56'h20202065726574 :
    (((W_op_opx & (W_iw_opx[5 : 0] == 25))))? 56'h20727376783235 :
    (((W_op_opx & (W_iw_opx[5 : 0] == 13))))? 56'h202020206a6d70 :
    (((W_op_opx & (W_iw_opx[5 : 0] == 22))))? 56'h20202020206f72 :
    (((W_op_opx & (W_iw_opx[5 : 0] == 35))))? 56'h20727376783335 :
    (((W_op_opx & (W_iw_opx[5 : 0] == 59))))? 56'h20202020737261 :
    (((W_op_opx & (W_iw_opx[5 : 0] == 20))))? 56'h20727376783230 :
    (((W_op_opx & (W_iw_opx[5 : 0] == 18))))? 56'h202020736c6c69 :
    (((W_op_opx & (W_iw_opx[5 : 0] == 23))))? 56'h206d756c787375 :
    (((W_op_opx & (W_iw_opx[5 : 0] == 21))))? 56'h20727376783231 :
    (((W_op_opx & (W_iw_opx[5 : 0] == 11))))? 56'h20202020726f72 :
    (((W_op_opx & (W_iw_opx[5 : 0] == 26))))? 56'h20202073726c69 :
    (((W_op_opx & (W_iw_opx[5 : 0] == 19))))? 56'h20202020736c6c :
    (((W_op_opx & (W_iw_opx[5 : 0] == 37))))? 56'h20202020646976 :
    (((W_op_opx & (W_iw_opx[5 : 0] == 16))))? 56'h2020636d706c74 :
    (((W_op_opx & (W_iw_opx[5 : 0] == 49))))? 56'h20202020616464 :
    (((W_op_opx & (W_iw_opx[5 : 0] == 44))))? 56'h20727376783434 :
    (((W_op_opx & (W_iw_opx[5 : 0] == 9))))? 56'h20202062726574 :
    (((W_op_opx & (W_iw_opx[5 : 0] == 60))))? 56'h20727376783630 :
    (((W_op_opx & (W_iw_opx[5 : 0] == 63))))? 56'h20727376783633 :
    (((W_op_opx & (W_iw_opx[5 : 0] == 39))))? 56'h202020206d756c :
    (((W_op_opx & (W_iw_opx[5 : 0] == 40))))? 56'h20636d70676575 :
    (((W_op_opx & (W_iw_opx[5 : 0] == 24))))? 56'h2020636d706e65 :
    (((W_op_opx & (W_iw_opx[5 : 0] == 32))))? 56'h2020636d706571 :
    (((W_op_opx & (W_iw_opx[5 : 0] == 5))))? 56'h20202020726574 :
    (((W_op_opx & (W_iw_opx[5 : 0] == 3))))? 56'h20202020726f6c :
    (((W_op_opx & (W_iw_opx[5 : 0] == 57))))? 56'h20202020737562 :
    (((W_op_opx & (W_iw_opx[5 : 0] == 28))))? 56'h206e6578747063 :
    (((W_op_opx & (W_iw_opx[5 : 0] == 36))))? 56'h20202064697675 :
    56'h20202020424144;

  assign W_vinst = W_valid ? W_inst : {7{8'h2d}};

//////////////// END SIMULATION-ONLY CONTENTS

//synthesis translate_on
//synthesis read_comments_as_HDL on
//  
//  assign M_wr_data_filtered = M_wr_data_unfiltered;
//
//synthesis read_comments_as_HDL off

endmodule